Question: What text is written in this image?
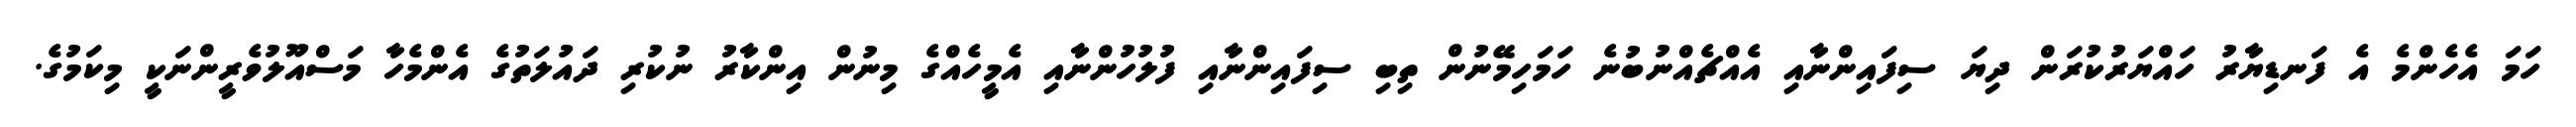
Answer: ހަމަ އެހެންމެ އެ ފަނޑިޔާރު ހައްޔަރުކުރަން ދިޔަ ސިފައިންނާއި އެއްޗެއްނުބުނެ ހަމަހިމޭނުން ތިބި ސިފައިންނާއި ފުލުހުންނާއި އެމީހެއްގެ މިނުން އިންކާރު ނުކުރި ދައުލަތުގެ އެންމެހާ މަސްއޫލުވެރީންނަކީ މިކަމުގެ.